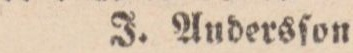
J. Andersſon.